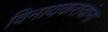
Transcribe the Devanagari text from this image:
विनायकरावांना